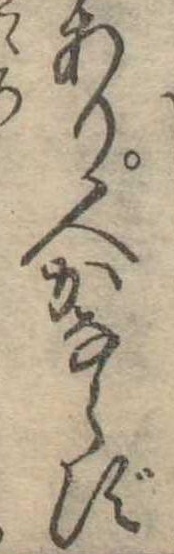
あり人かならず